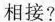
相接?